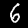
Label: 6